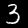
Label: 3